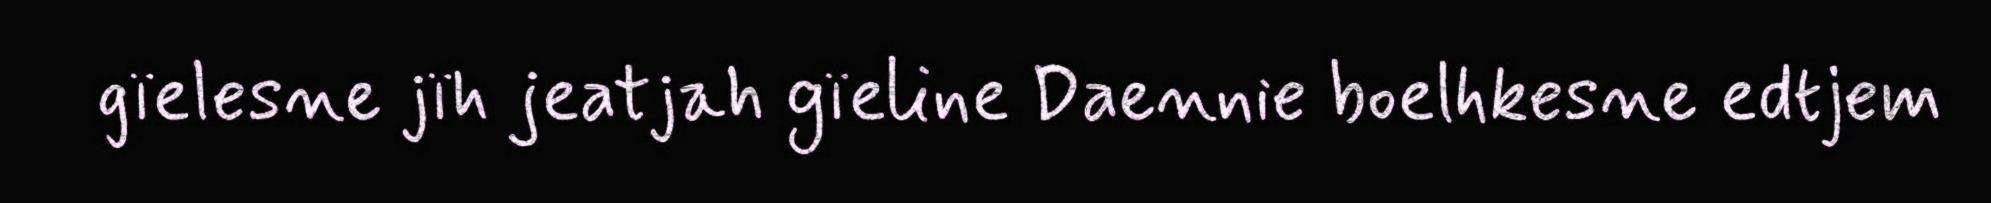
gïelesne jïh jeatjah gïeline Daennie boelhkesne edtjem